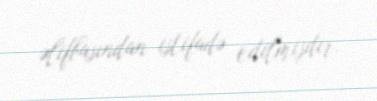
əlifbasından istifadə edilmişdir.